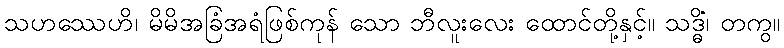
သဟဿေဟိ၊ မိမိအခြံအရံဖြစ်ကုန် သော ဘီလူးလေး ထောင်တို့နှင့်။ သဒ္ဓိံ၊ တကွ။